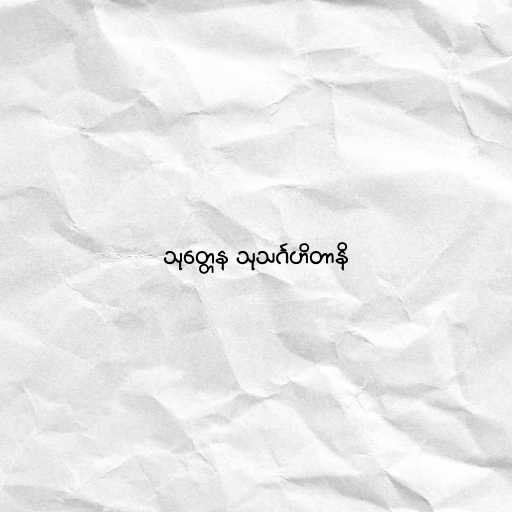
သုတ္တေန သုသင်္ဂဟိတာနိ